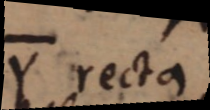
Y recta